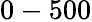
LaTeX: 0-500